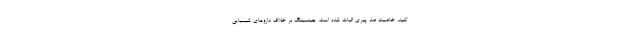
کنید. خاصیت ضد پیری اثبات شده است. جینسینگ بر خلاف داروهای شیمیایی